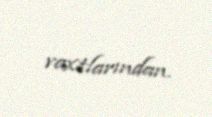
vaxtlarından.